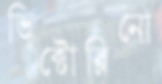
ভিক্টোরিনো